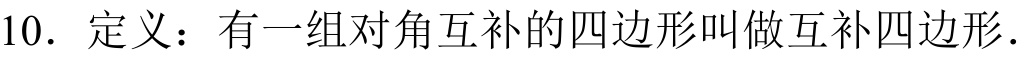
10. 定义：有一组对角互补的四边形叫做互补四边形.